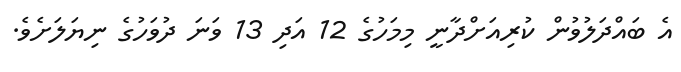
އެ ބައްދަލުވުން ކުރިއަށްދާނީ މިމަހުގެ 12 އަދި 13 ވަނަ ދުވަހުގެ ނިޔަލަށެވެ.